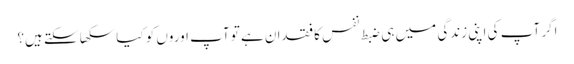
اگر آپ کی اپنی زندگی میں ہی ضبط نفس کا فقدان ہے تو آپ اوروں کو کیا سکھا سکتے ہیں؟